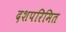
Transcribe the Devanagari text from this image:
दशपरिमित